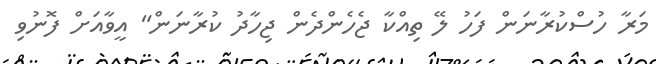
މަރާ ހުސްކުރާނަން ފަހު ލޭ ތިއްކާ ޖެހެންދެން ޖިހާދު ކުރާނަން" އީވާއަށް ފޮނުވި